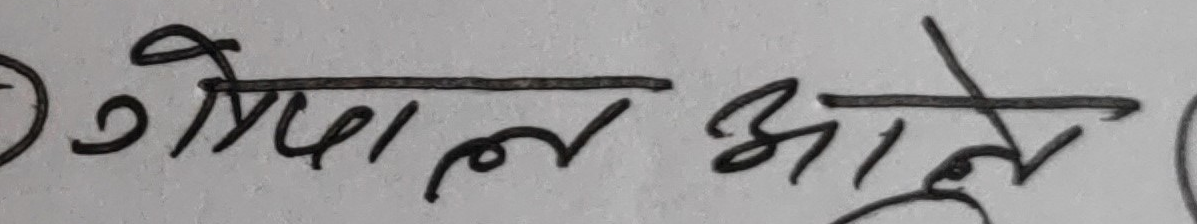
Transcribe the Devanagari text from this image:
गोपाल आले